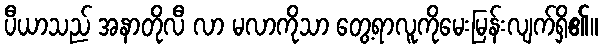
ပီယာသည် အနာတိုလီ လာ မလာကိုသာ တွေ့ရာလူကိုမေးမြန်းလျက်ရှိ၏။